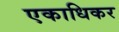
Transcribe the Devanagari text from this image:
एकाधिकर